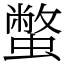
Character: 蟞